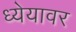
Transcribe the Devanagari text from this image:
ध्येयावर